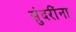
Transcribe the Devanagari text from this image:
सुंदरींना